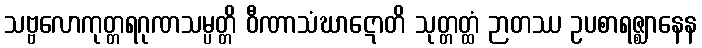
သဗ္ဗလောကုတ္တရဂုဏသမ္ပတ္တိ ဝီဏာသံဃာဋောတိ သုတ္တတ္ထံ ဉာတဿ ဥပစာရဇ္ဈာနေန